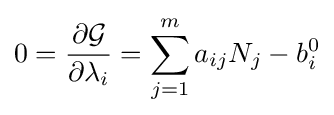
0={\frac {\partial {\mathcal {G}}}{\partial \lambda _{i}}}=\sum _{j=1}^{m}a_{ij}N_{j}-b_{i}^{0}